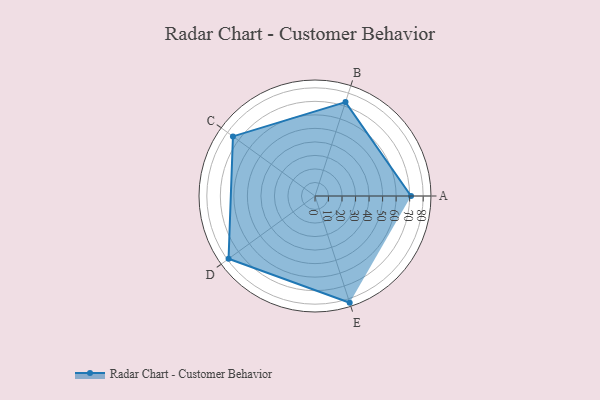
{"axis": {"x": "Skill", "y": "Score"}, "legend": ["Profile"], "data": [{"x": "A", "y": 71.0, "type": "Profile"}, {"x": "B", "y": 73.0, "type": "Profile"}, {"x": "C", "y": 75.0, "type": "Profile"}, {"x": "D", "y": 79.0, "type": "Profile"}, {"x": "E", "y": 83.0, "type": "Profile"}]}